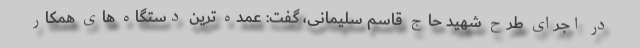
در اجرای طرح شهید حاج قاسم سلیمانی، گفت: عمده ترین دستگاه های همکار